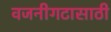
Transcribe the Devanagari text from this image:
वजनीगटासाठी